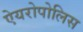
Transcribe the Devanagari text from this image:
ऐयरोपोलिस